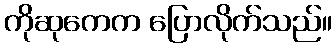
ကိုဆုကေက ပြောလိုက်သည်။